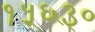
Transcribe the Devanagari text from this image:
१५६३०